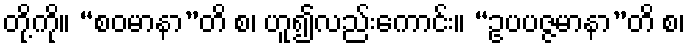
တို့ကို။ “စဝမာနာ”တိ စ၊ ဟူ၍လည်းကောင်း။ “ဥပပဇ္ဇမာနာ”တိ စ၊